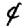
Digit: 4